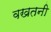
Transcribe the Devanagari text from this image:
वखतनी